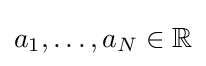
a_{1},\dots ,a_{N}\in \mathbb {R}